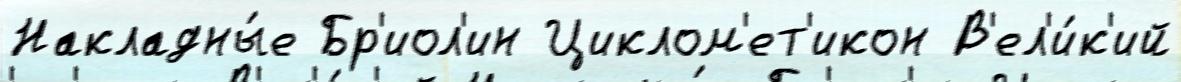
Накладны́е Бр'иол'ин Циклом'ет'икон В'ел'и́к'ий